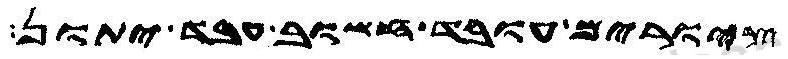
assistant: ציורים עובד חשוב עבד יתון